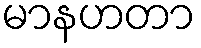
မာနဟတာ